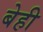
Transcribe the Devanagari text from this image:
बेही